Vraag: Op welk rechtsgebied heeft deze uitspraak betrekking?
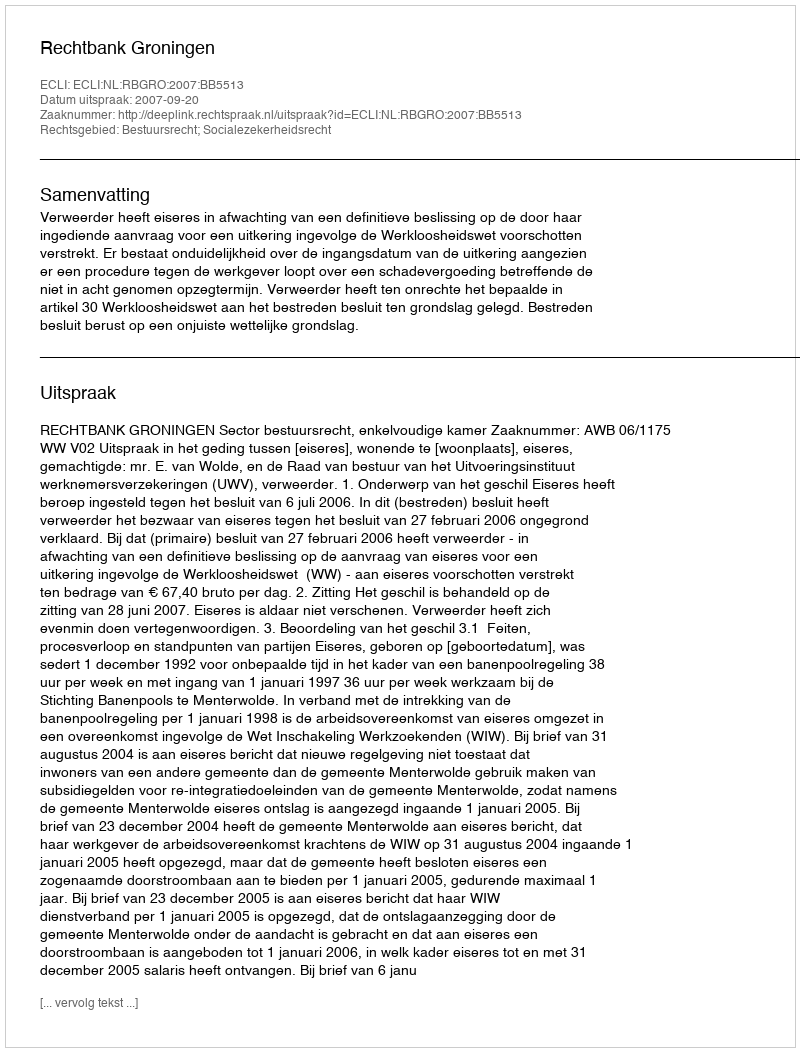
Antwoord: Bestuursrecht; Socialezekerheidsrecht